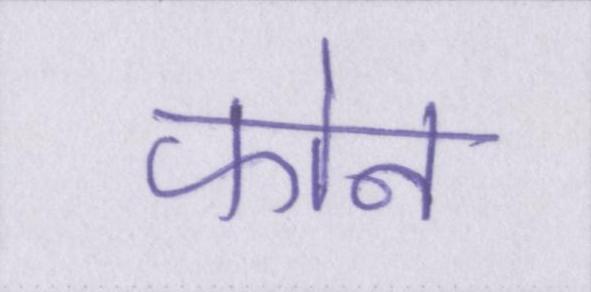
फोन